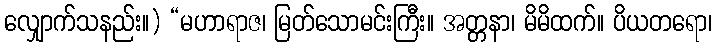
လျှောက်သနည်း။) “မဟာရာဇ၊ မြတ်သောမင်းကြီး။ အတ္တနာ၊ မိမိထက်။ ပိယတရော၊